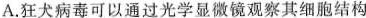
A.狂犬病毒可以通过光学显微镜观察其细胞结构